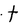
Character: t